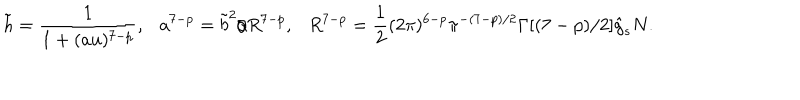
\tilde { h } = \frac { 1 } { 1 + ( a u ) ^ { 7 - p } } , \ \ \ a ^ { 7 - p } = \tilde { b } ^ { 2 } / R ^ { 7 - p } , \ \ \ R ^ { 7 - p } = \frac { 1 } { 2 } ( 2 \pi ) ^ { 6 - p } \pi ^ { - ( 7 - p ) / 2 } \Gamma [ ( 7 - p ) / 2 ] \hat { g } _ { s } N .